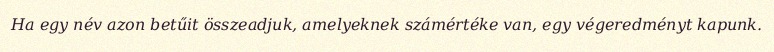
Ha egy név azon betűit összeadjuk, amelyeknek számértéke van, egy végeredményt kapunk.